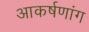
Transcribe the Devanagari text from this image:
आकर्षणांग